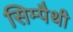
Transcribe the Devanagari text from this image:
सिम्पैथी